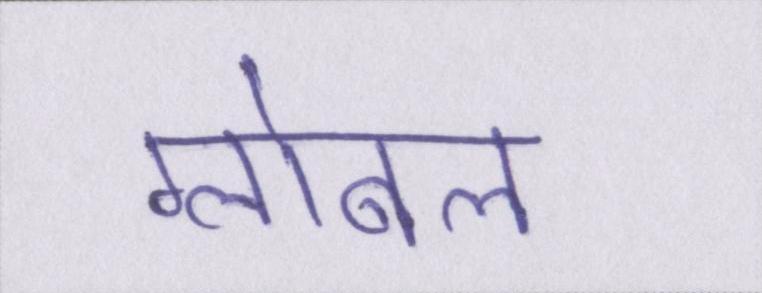
ग्लोबल